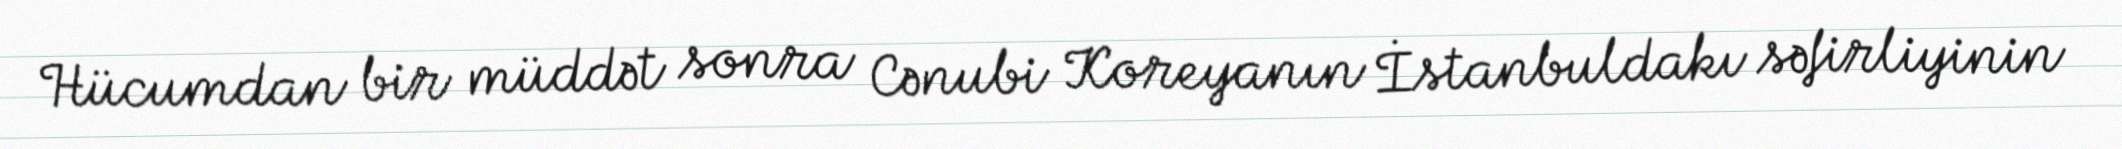
Hücumdan bir müddət sonra Cənubi Koreyanın İstanbuldakı səfirliyinin